Vaccination in Bombay 1924-1928 - 1924-1928
Year: 1924
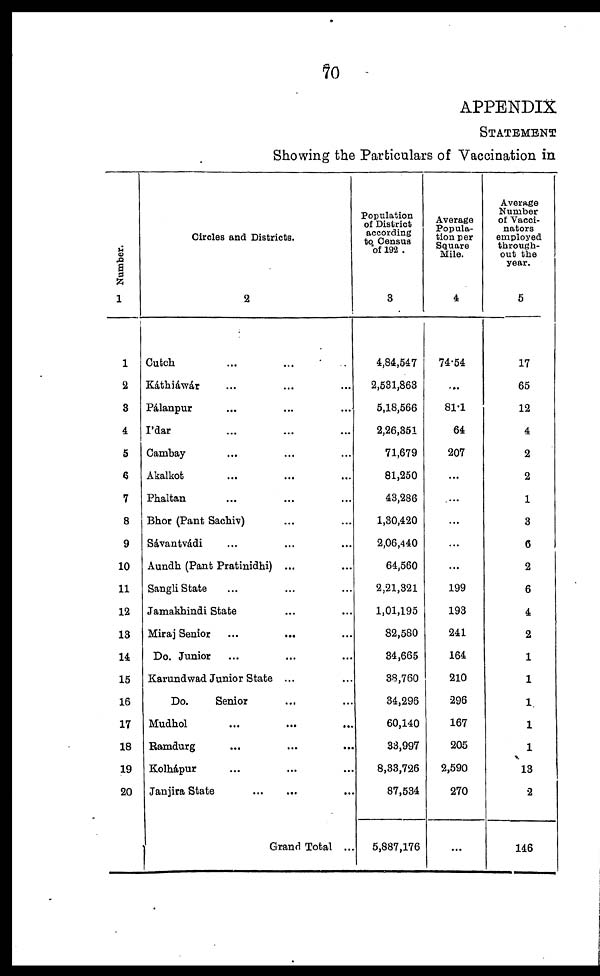
70
APPENDIX
STATEMENT
Showing the Particulars of Vaccination in
Number.
1
1
2
3
4
5
6
7
8
9
10
11
12
13
14
15
16
17
18
19
20
Circles and Districts.
2
Cutch ... ... ...
Káthiáwár ... ... ...
Pálanpur ... ... ...
Ídar ... ... ...
Cambay ... ... ...
Akalkot ... ... ...
Phaltan ... ... ...
Bhor (Pant Sachiv) ... ... ...
Sávantvadi ... ... ...
Aundh (Pant Pratinidhi) ... ...
Sangli State ... ... ...
Jamakhindi State ... ...
Miraj Senior ... ... ...
Do. Junior ... ... ...
Karundwad Junior State ... ...
Do.
Senior ... ...
Mudhol
...
...
...
Ramdurg ... ... ...
Kolhápur ... ... ...
Janjira State
...
...
...
Grand Total ...
Population
of District
according
to Census
of 192 .
3
4,84,547
2,531,863
5,18,566
2,26,351
71,679
81,250
43,286
1,30,420
2,06,440
64,560
2,21,321
1,01,195
82,580
34,665
38,760
34,296
60,140
33,997
8,33,726
87,534
5,887,176
Average
Popula-
tion per
Square
Mile.
4
74.54
...
81.1
64
207
...
...
...
...
...
199
193
241
164
210
296
167
205
2,590
270
...
Average
Number
of Vacci-
nators
employed
through-
out the
year.
5
17
65
12
4
2
2
1
3
6
2
6
4
2
1
1
1
1
1
13
2
146